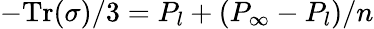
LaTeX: -\mathrm{Tr}(\sigma)/3=P_{l}+\left(P_{\infty}-P_{l}\right)/n